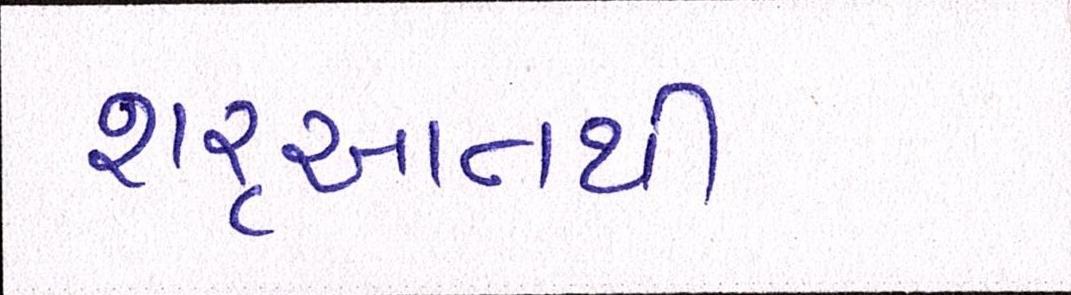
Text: શરૃઆતથી